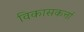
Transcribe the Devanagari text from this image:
विकासकर्त्ता